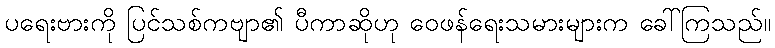
ပရေးဗားကို ပြင်သစ်ကဗျာ၏ ပီကာဆိုဟု ဝေဖန်ရေးသမားများက ခေါ်ကြသည်။